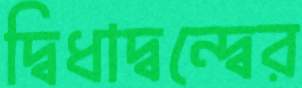
দ্বিধাদ্বন্দ্বের